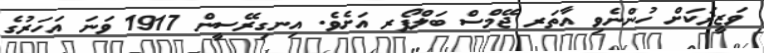
ވަޒީރަކަށް ހުންނެވި އާތަރ ޖޭމްސް ބަލްފޯރ އަށެވެ. އިނގިރޭސީން 1917 ވަނަ އަހަރުގެ